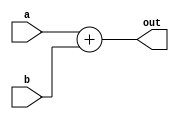
module adder (input [31:0] a, input [31:0] b, output [31:0] out);\n    assign out = a + b;\nendmodule